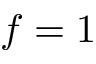
f = 1